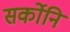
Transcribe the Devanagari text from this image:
सर्कोनि